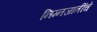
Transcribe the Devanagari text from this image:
निम्नजातींचे